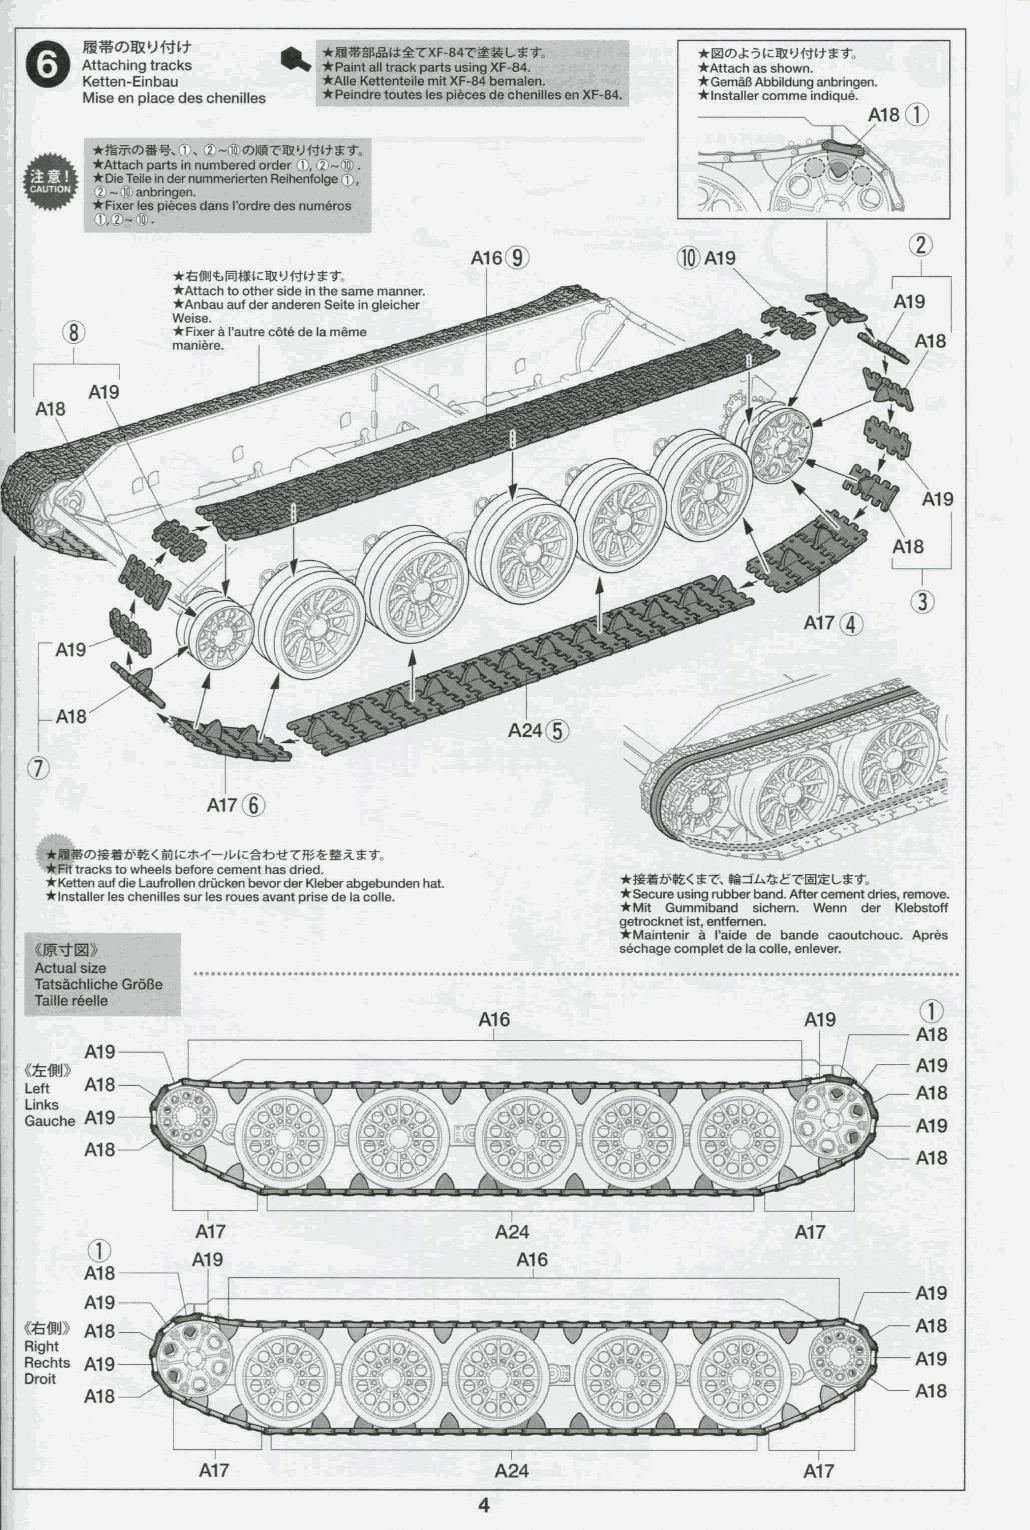
o
 • lll<Dct-5lc?!U<ílt«-r.
 Attaching tracits *Paint all track parts using XF-84. •Attach as shown.
 Ketten-Einbau   •Alie Kettenteile mit XF-84 bemalen. • GemáB Abbildung anbringen.
 Mise en place des chenilles •Peindre toutes les piéces de chenilles en XF-84. • installer comme indiqué.
 A18®
 •Attach parts tn numbered order f, 2 ~ lO .
 •Die Teile in der nummerierten Reihenfolge í ,
 2 ~ anbringen.
 •Fixer les piéces dans l'ordre des números
 1,2- S-
 •6(MtlB]«(¡:S!!y«ltS-r=
 •Attach to other side in the same manner.
 •Anbau auf der anderen Seite in gleicher
 Weise.
 • Fixer á l'autre cóté de la méme
 maniere.
 •JB«<Dií»*^K<t5lc*'f-;Hí:éío-tíT««SASt",
 •Fit tracks to wheeis before cement has dried.
 • Ketten auf die Laufrollen drücken bevor der Kleber abgebunden hat. •)S«ti^$£<$T-- ÍSdA^íTlllSLSt-.
 • installer les chenilles sur les roues avant prise de la colle. • Secure using rubber band. After cement dries, remove.
 • Mit Gummiband sichern. Wenn der Klebstoff
 getrocknet ist, entfernen.
 • Maintenir á í'aide de bande caoutchouc. Aprés
 «K^El»                                 séchage complet de la colle, enlever.
 Actual size
 Tatsáchiiche GroBe
 Tallle réelle
 A19
 Left Al 8
 Links
 Gauche Al 9
 Al 8
 (D
 A18
 Al 9
 ttfflij» Al 8
 Rlght
 Rechts Al 9
 Droit
 Al 8
 A17                 A24                 Al 7
 4